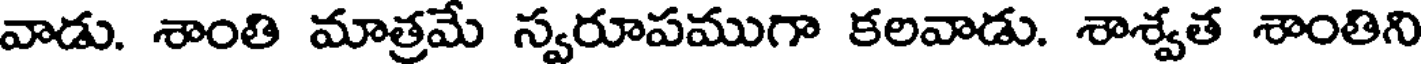
వాడు. శాంతి మాత్రమే స్వరూపముగా కలవాడు. శాశ్వత శాంతిని